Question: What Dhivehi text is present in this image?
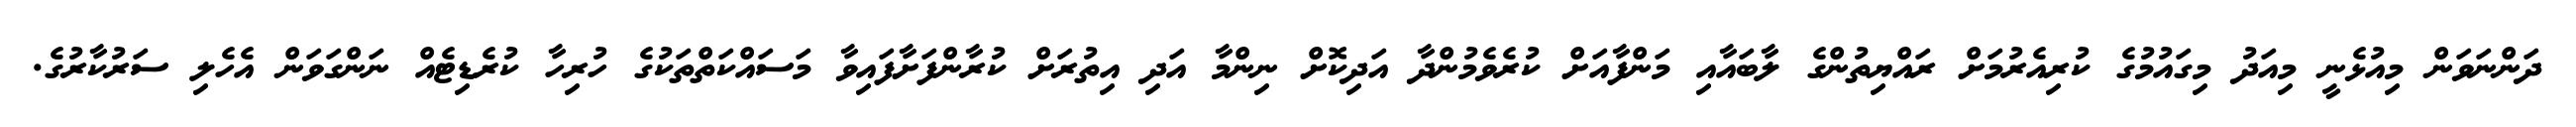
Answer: ދަންނަވަން މިއުޅެނީ މިއަދު މިގައުމުގެ ކުރިއެރުމަށް ރައްޔިތުންގެ ލާބައާއި މަންފާއަށް ކުރެވެމުންދާ އަދިކޮށް ނިންމާ އަދި އިތުރަށް ކުރާންފަށާފައިވާ މަސައްކަތްތަކުގެ ހުރިހާ ކުރެޑިޓެއް ނަންގަވަން އެހެލި ސަރުކާރުގެ.